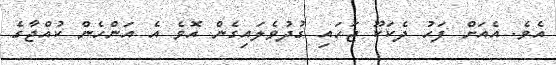
އެވެ. އެއަށް ފަހު ދެކަކޫ ޖަހައި ގުދުވެލައިގެން އޮވެ އެ އަންހެން ކުއްޖާގެ